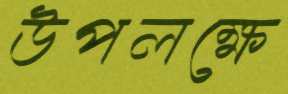
উপলক্ষে